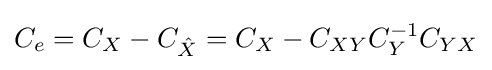
C_{e}=C_{X}-C_{\hat {X}}=C_{X}-C_{XY}C_{Y}^{-1}C_{YX}